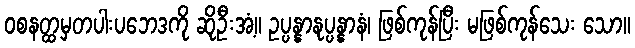
ဝစနတ္ထမှတပါးပဘေဒကို ဆိုဦးအံ့။ ဥပ္ပန္နာနုပ္ပန္နာနံ၊ ဖြစ်ကုန်ပြီး မဖြစ်ကုန်သေး သော။